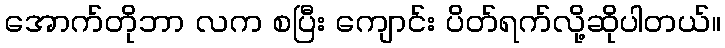
အောက်တိုဘာ လက စပြီး ကျောင်း ပိတ်ရက်လို့ဆိုပါတယ်။